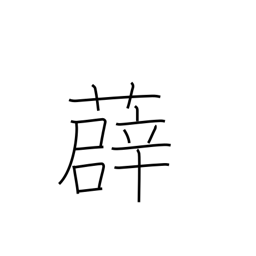
Meaning: type of vine